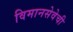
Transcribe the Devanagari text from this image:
विमानसेवेची